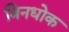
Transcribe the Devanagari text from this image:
बिनधोक